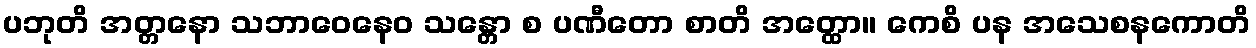
ပဘုတိ အတ္တနော သဘာဝေနေဝ သန္တော စ ပဏီတော စာတိ အတ္ထော။ ကေစိ ပန အသေစနကောတိ